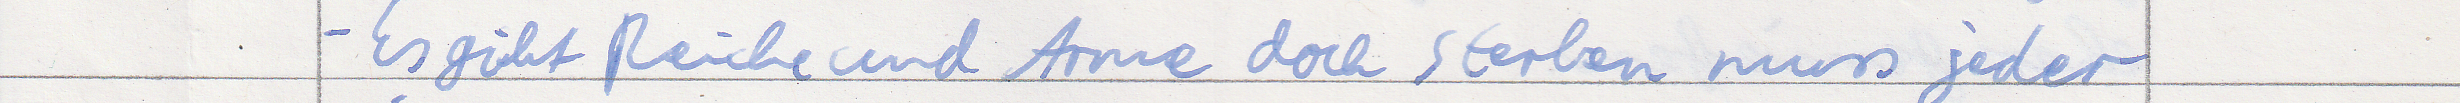
- Es gibt Reiche und Arme doch sterben muss jeder